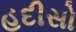
હદીસો